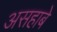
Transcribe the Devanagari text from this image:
असहाबे